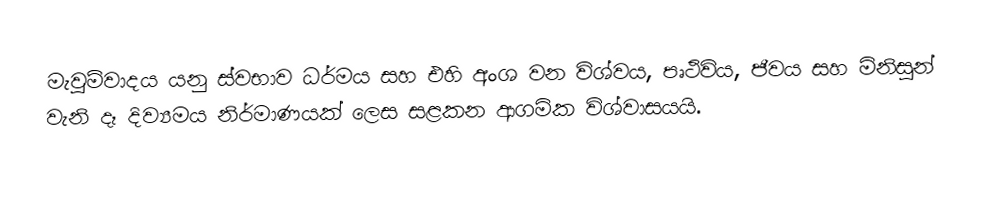
මැවුම්වාදය යනු ස්වභාව ධර්මය සහ එහි අංශ වන විශ්වය, පෘථිවිය, ජීවය සහ මිනිසුන් වැනි දෑ දිව්‍යමය නිර්මාණයක් ලෙස සළකන ආගමික විශ්වාසයයි.